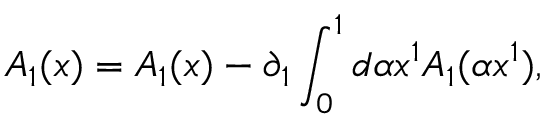
{ \cal A } _ { 1 } ( x ) = A _ { 1 } ( x ) - \partial _ { 1 } \int _ { 0 } ^ { 1 } { d \alpha } x ^ { 1 } A _ { 1 } ( \alpha x ^ { 1 } ) ,